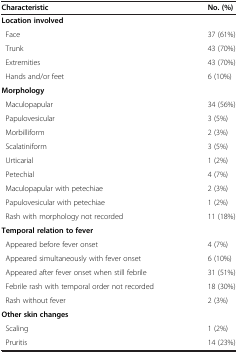
<table><thead><tr><td><b>Characteristic</b></td><td><b>No. (%)</b></td></tr></thead><tbody><tr><td colspan="2"><b>Location involved</b></td></tr><tr><td> Face</td><td>37 (61%)</td></tr><tr><td> Trunk</td><td>43 (70%)</td></tr><tr><td> Extremities</td><td>43 (70%)</td></tr><tr><td> Hands and/or feet</td><td>6 (10%)</td></tr><tr><td colspan="2"><b>Morphology</b></td></tr><tr><td> Maculopapular</td><td>34 (56%)</td></tr><tr><td> Papulovesicular</td><td>3 (5%)</td></tr><tr><td> Morbilliform</td><td>2 (3%)</td></tr><tr><td> Scalatiniform</td><td>3 (5%)</td></tr><tr><td> Urticarial</td><td>1 (2%)</td></tr><tr><td> Petechial</td><td>4 (7%)</td></tr><tr><td> Maculopapular with petechiae</td><td>2 (3%)</td></tr><tr><td> Papulovesicular with petechiae</td><td>1 (2%)</td></tr><tr><td> Rash with morphology not recorded</td><td>11 (18%)</td></tr><tr><td colspan="2"><b>Temporal relation to fever</b></td></tr><tr><td> Appeared before fever onset</td><td>4 (7%)</td></tr><tr><td> Appeared simultaneously with fever onset</td><td>6 (10%)</td></tr><tr><td> Appeared after fever onset when still febrile</td><td>31 (51%)</td></tr><tr><td> Febrile rash with temporal order not recorded</td><td>18 (30%)</td></tr><tr><td> Rash without fever</td><td>2 (3%)</td></tr><tr><td colspan="2"><b>Other skin changes</b></td></tr><tr><td> Scaling</td><td>1 (2%)</td></tr><tr><td> Pruritis</td><td>14 (23%)</td></tr></tbody></table>